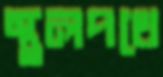
স্থলপথে